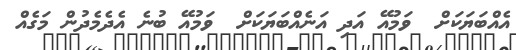
އެއްބަޔަކަށް  ވަމުއޭ އަދި އަނެއްބަޔަކަށް  ވަމުއޭ ބުނެ އެދެމެދުން މަގެއް